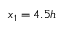
x _ { 1 } = 4 . 5 h